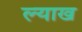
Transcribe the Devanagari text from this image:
ल्याख